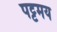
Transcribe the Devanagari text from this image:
पट्टमय